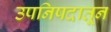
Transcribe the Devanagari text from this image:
उपनिषदातून